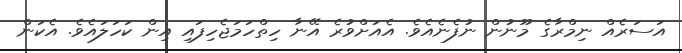
އަސަރެއް ނިމްރާގެ މޫނުން ނުފެނެއެވެ. އެއަށްވުރެ އޭނާ ހިތްހަމަޖެހިފައި އިން ކަހަލައެވެ. އެކަން